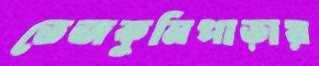
তেজকুনিপাড়ায়